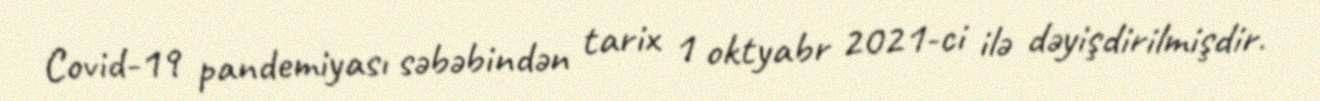
Covid-19 pandemiyası səbəbindən tarix 1 oktyabr 2021-ci ilə dəyişdirilmişdir.